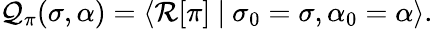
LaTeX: \mathcal{Q}_{\pi}(\sigma,\alpha)=\left\langle\mathcal{R}[\pi]\ \middle\vert\ \sigma_{0}=\sigma,\alpha_{0}=\alpha\right\rangle.